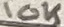
Text: 10K